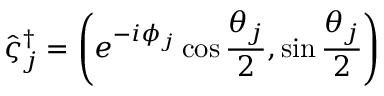
\hat { \varsigma } _ { j } ^ { \dagger } = \left( e ^ { - i \phi _ { j } } \cos \frac { \theta _ { j } } { 2 } , \sin \frac { \theta _ { j } } { 2 } \right)